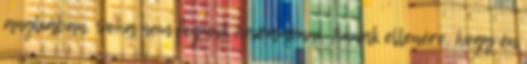
angliában. Soha nem fogunk hazamenni. Annak ellenére, hogy én